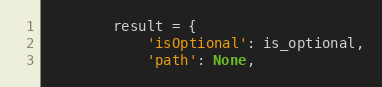
Language: Python
        result = {
            'isOptional': is_optional,
            'path': None,